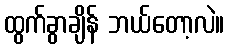
ထွက်ခွာချိန် ဘယ်တော့လဲ။